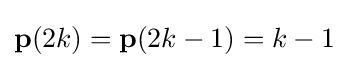
\mathbf {p} (2k)=\mathbf {p} (2k-1)=k-1